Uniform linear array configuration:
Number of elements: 16
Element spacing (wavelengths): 0.25
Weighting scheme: uniform
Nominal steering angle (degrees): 45
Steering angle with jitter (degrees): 44.839
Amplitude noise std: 0.05
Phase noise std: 0.05

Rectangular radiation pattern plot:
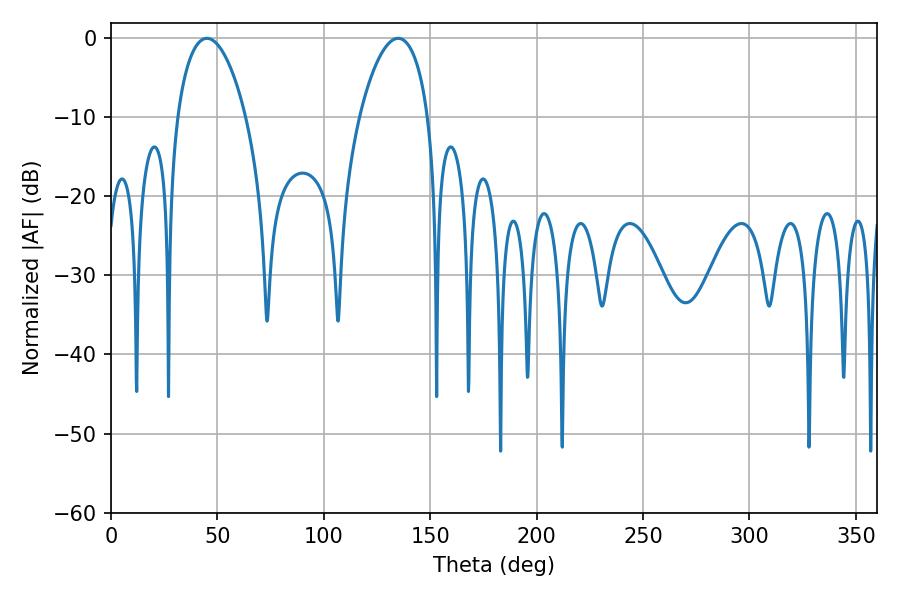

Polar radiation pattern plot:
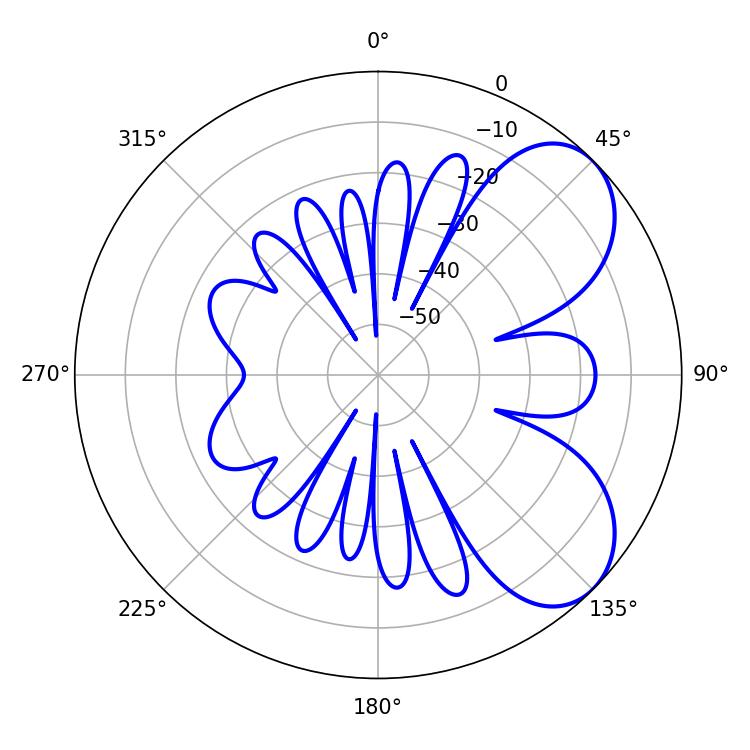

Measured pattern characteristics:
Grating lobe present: FALSE
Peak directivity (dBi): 6.158
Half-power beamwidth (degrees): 18.18
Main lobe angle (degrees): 45